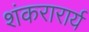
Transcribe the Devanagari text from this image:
शंकरारार्य